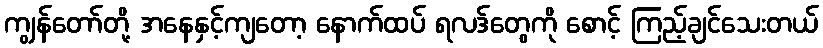
ကျွန်တော်တို့ အနေနှင့်ကျတော့ နောက်ထပ် ရလဒ်တွေကို စောင့် ကြည့်ချင်သေးတယ်